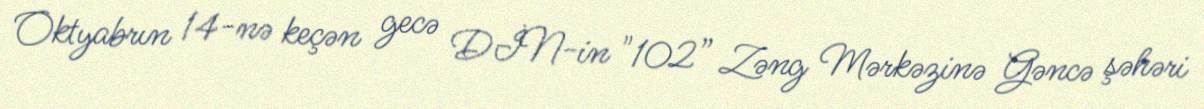
Oktyabrın 14-nə keçən gecə DİN-in "102” Zəng Mərkəzinə Gəncə şəhəri